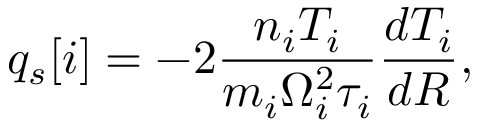
q _ { s } [ i ] = - 2 \frac { n _ { i } T _ { i } } { m _ { i } \Omega _ { i } ^ { 2 } \tau _ { i } } \frac { d T _ { i } } { d R } ,